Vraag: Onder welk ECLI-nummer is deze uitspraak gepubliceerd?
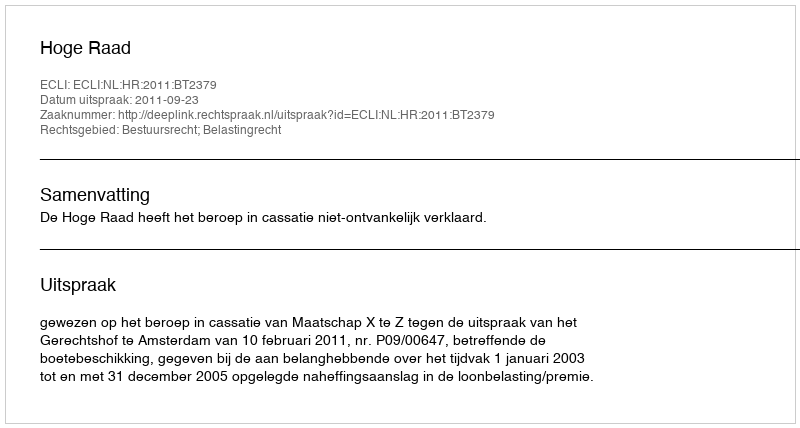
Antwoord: ECLI:NL:HR:2011:BT2379